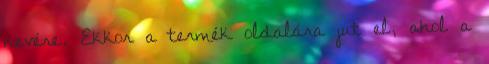
nevére. Ekkor a termék oldalára jut el, ahol a